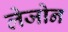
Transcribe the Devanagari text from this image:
लेजोन